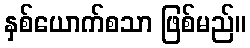
နှစ်ယောက်စသာ ဖြစ်မည်။